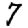
Digit: 7